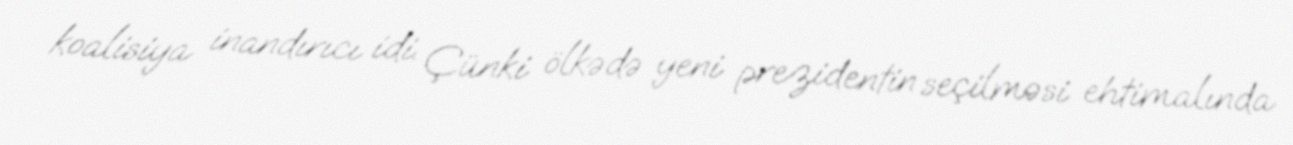
koalisiya inandırıcı idi. Çünki ölkədə yeni prezidentin seçilməsi ehtimalında